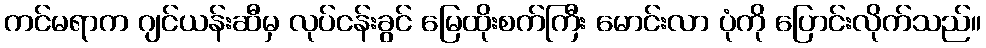
ကင်မရာက ဂျင်ယန်းဆီမှ လုပ်ငန်းခွင် မြေထိုးစက်ကြီး မောင်းလာ ပုံကို ပြောင်းလိုက်သည်။